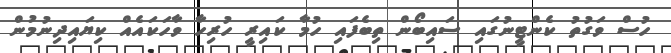
ހުސް ވަގުތު ކެންޓީނުގައި ސައިބޯން ތިބެފައި ހުމާ ކައިރީ ހުރިހާ ވާހަކައެއް ކިޔައިދިނުމުން